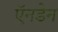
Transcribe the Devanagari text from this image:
ऍनडेन